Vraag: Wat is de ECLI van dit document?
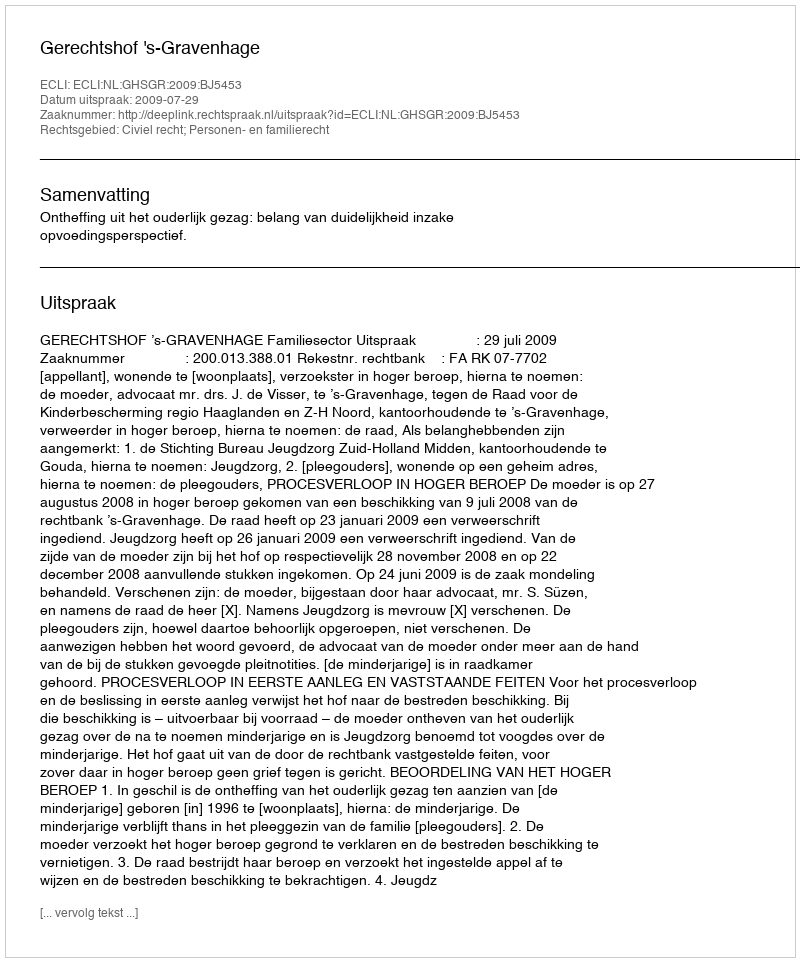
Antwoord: ECLI:NL:GHSGR:2009:BJ5453